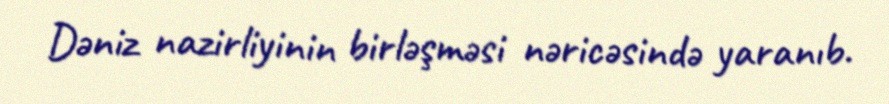
Dəniz nazirliyinin birləşməsi nəricəsində yaranıb.